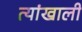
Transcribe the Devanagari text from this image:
त्यांखाली